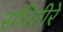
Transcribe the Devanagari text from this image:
सरितीरे